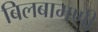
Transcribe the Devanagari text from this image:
बिलबामणी